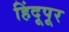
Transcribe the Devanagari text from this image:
हिंदूपूर